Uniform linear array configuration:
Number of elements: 24
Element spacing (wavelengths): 0.5
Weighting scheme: uniform
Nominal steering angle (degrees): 30
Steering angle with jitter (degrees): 31.18
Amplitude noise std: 0.05
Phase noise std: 0.05

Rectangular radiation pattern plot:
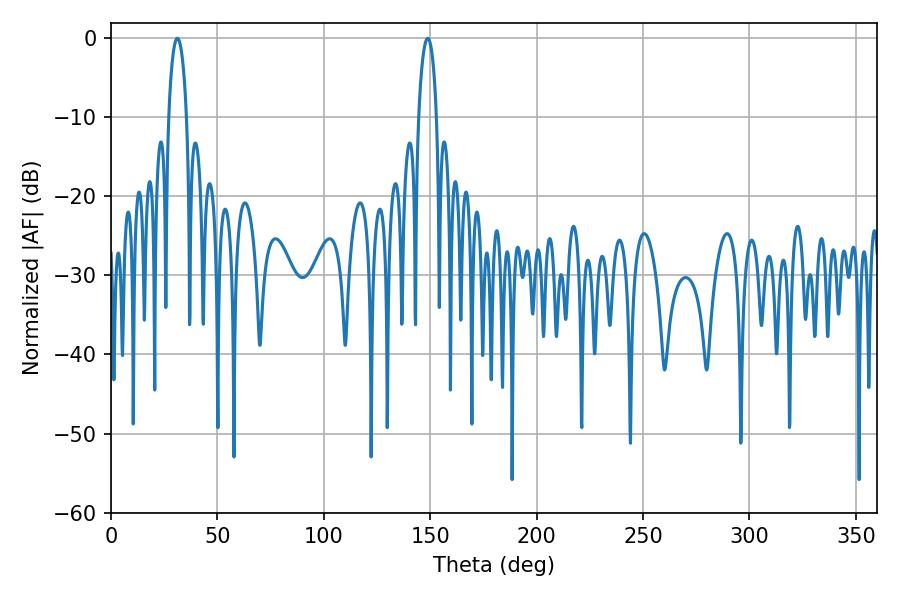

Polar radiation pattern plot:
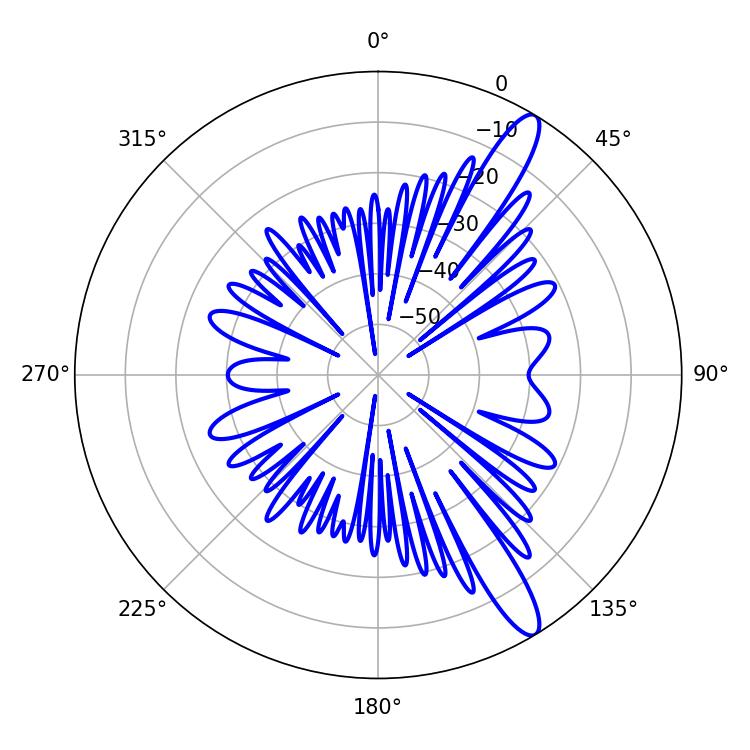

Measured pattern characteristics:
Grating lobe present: FALSE
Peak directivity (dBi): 13.022
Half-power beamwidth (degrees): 4.86
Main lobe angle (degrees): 31.14